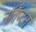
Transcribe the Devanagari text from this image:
नॉर्तँप्टन